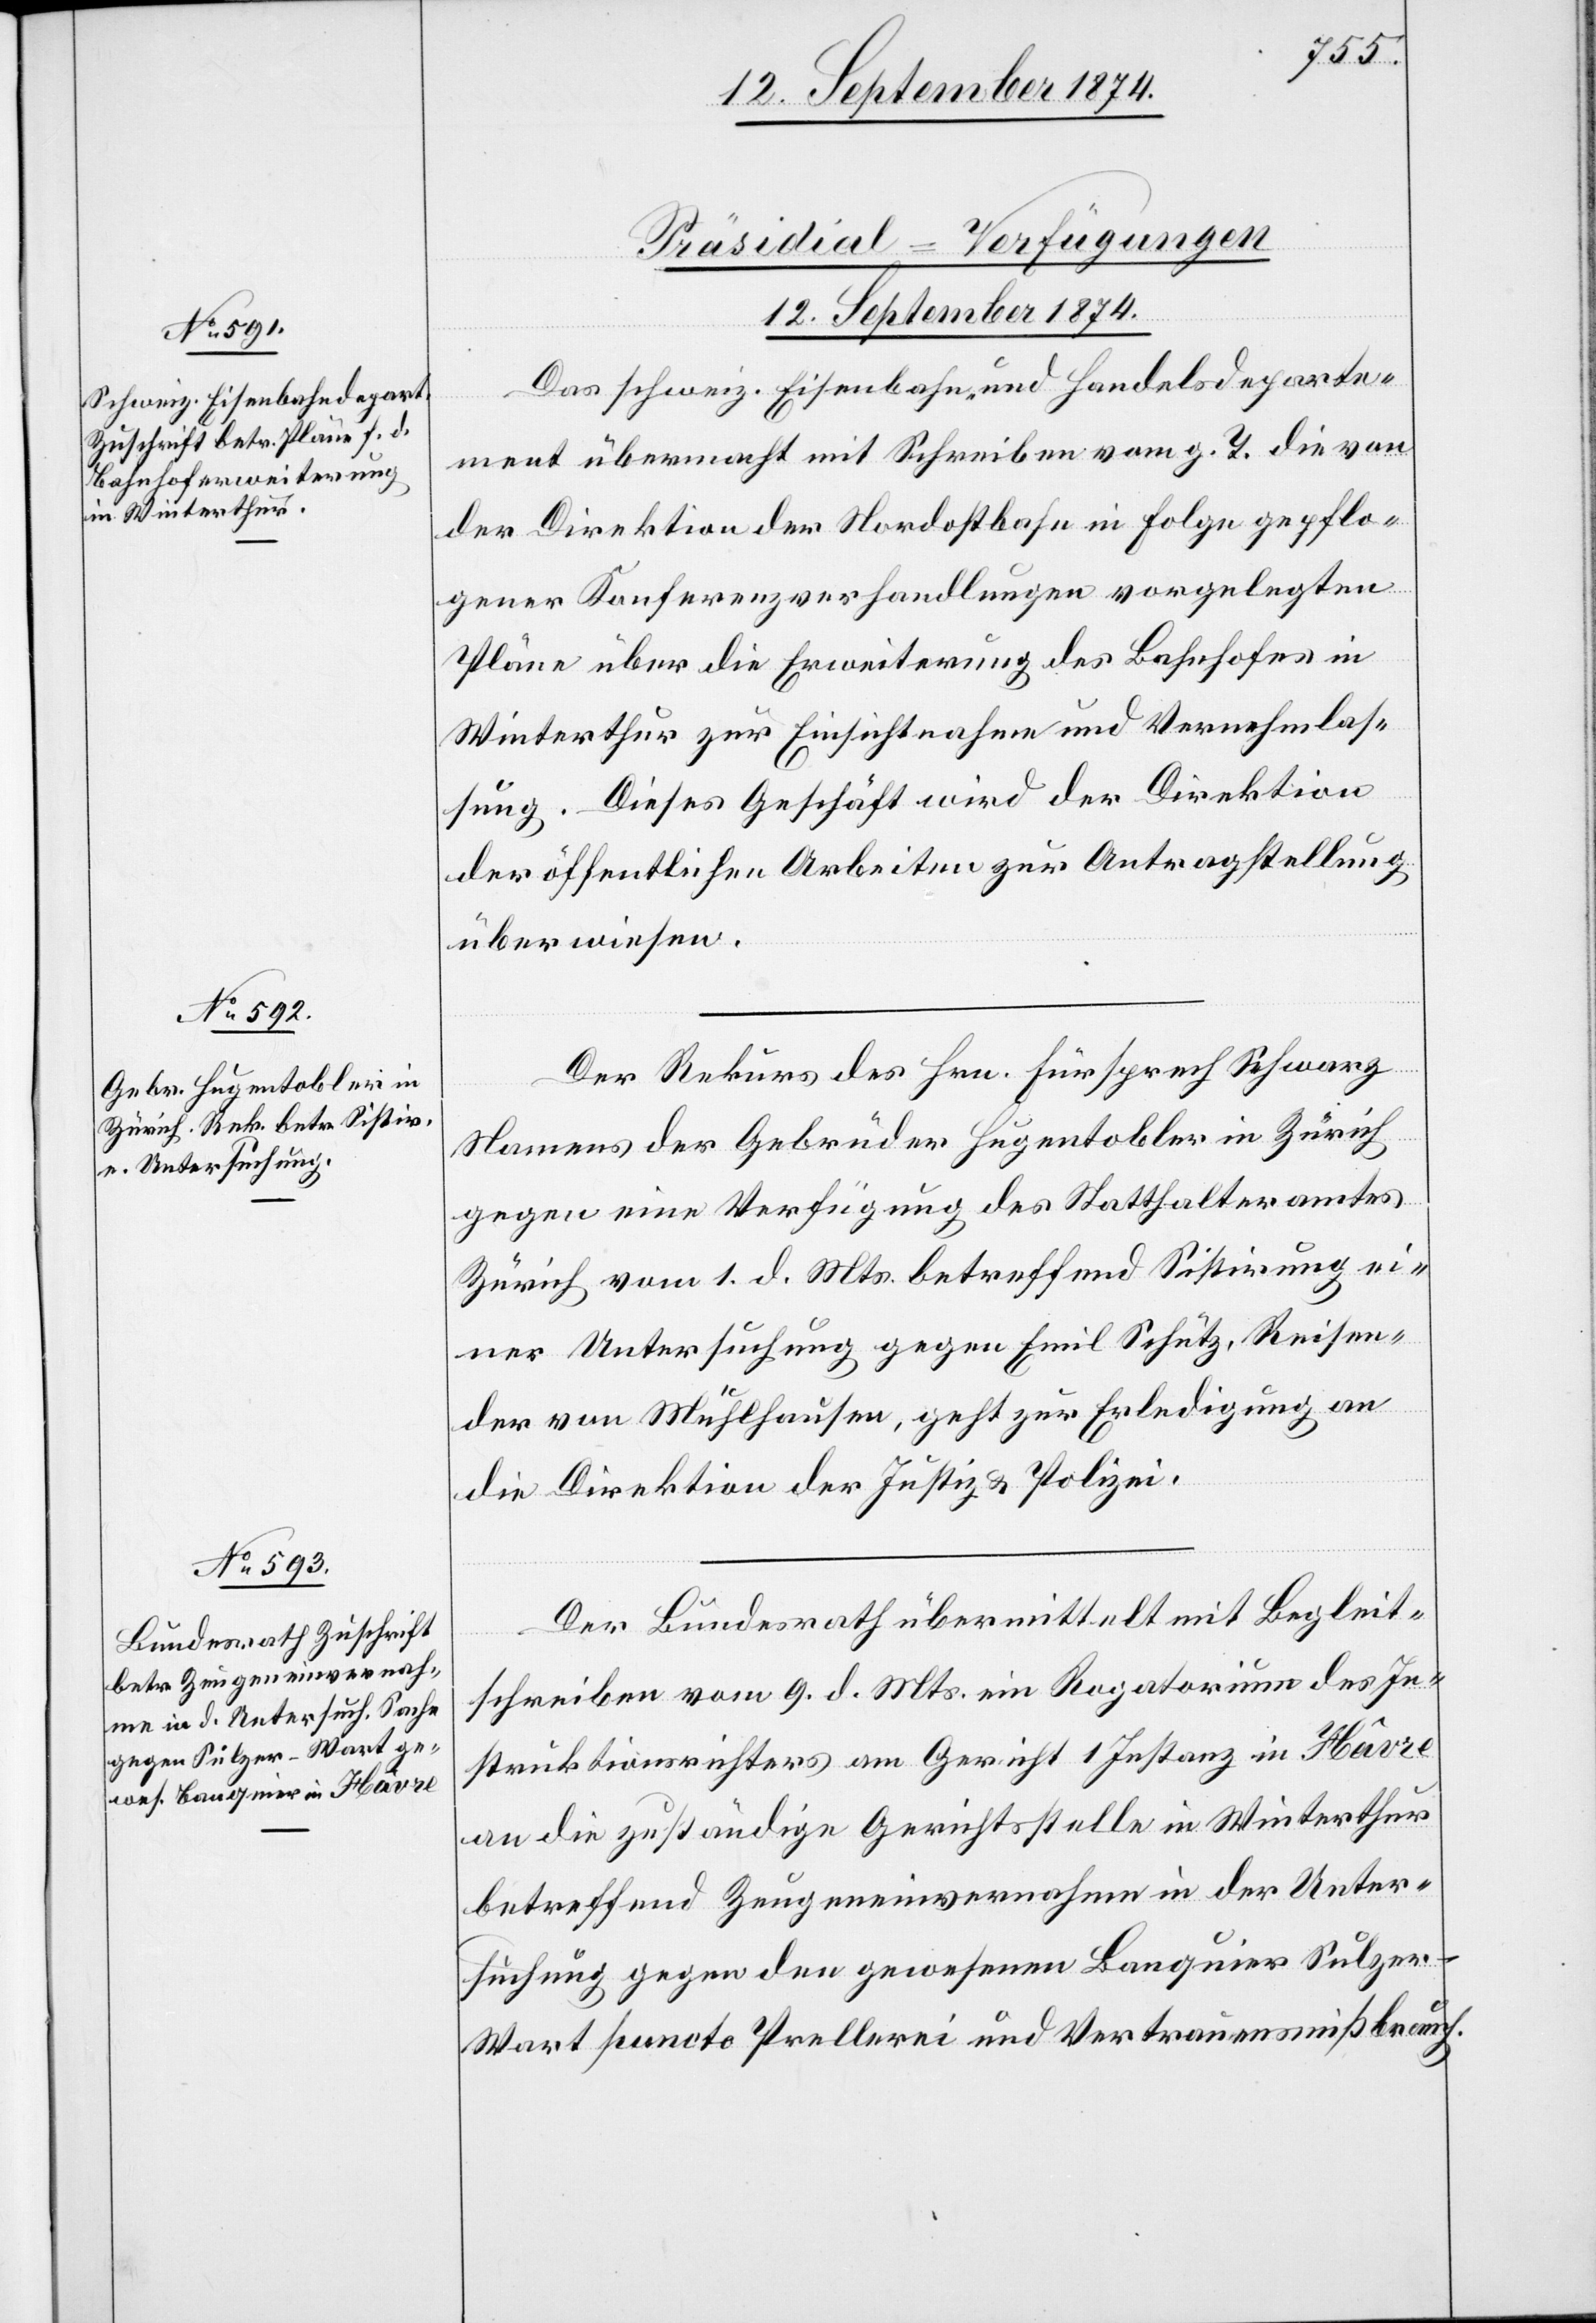
[Präsidial-Verfügungen
12. September 1874.]
Das schweiz. Eisenbahn- und Handelsdeparte¬
ment übermacht mit Schreiben vom g. T. die von
der Direktion der Nordostbahn in Folge gepflo¬
gener Konferenzverhandlungen vorgelegten
Pläne über die Erweiterung des Bahnhofes in
Winterthur zur Einsichtnahme und Vernehmlas¬
sung. Dieses Geschäft wird der Direktion
der öffentlichen Arbeiten zur Antragstellung
überwiesen.
Der Rekurs des Hrn. Fürsprech Schwarz
Namens der Gebrüder Hugentobler in Zürich
gegen eine Verfügung des Statthalteramtes
Zürich vom 1. d. Mts. betreffend Sistirung ei¬
ner Untersuchung gegen Emil Schütz, Reisen¬
der von Mühlhausen, geht zur Erledigung an
die Direktion der Justiz & Polizei.
Der Bundesrath übermittelt mit Begleit¬
schreiben vom 9. d. Mts. ein Rogatorium des In¬
struktionsrichters am Gericht 1 Instanz in Hâvre
an die zuständige Gerichtsstelle in Winterthur
betreffend Zeugeneinvernahme in der Unter¬
suchung gegen den gewesenen Banquier Sulze¬
r-Wart puncto Prellerei und Vertrauensmißbrauch.